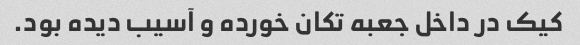
کیک در داخل جعبه تکان خورده و آسیب دیده بود.